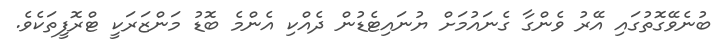
ބުނެވޭގޮތުގައި އޭރު ވެންގާ ގެނައުމަށް ޔުނައިޓެޑުން ދެއްކި އެންމެ ބޮޑު މަންޒަރަކީ ޓްރޮފީތަކެވެ.